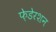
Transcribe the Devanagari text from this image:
फ़ेडेरशन